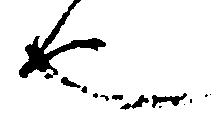
也